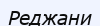
Реджани